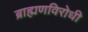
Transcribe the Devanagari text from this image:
ब्राह्मणविरोधी